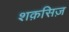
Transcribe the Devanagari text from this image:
शक़सिज़